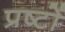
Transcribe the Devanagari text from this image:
प्रष्टों